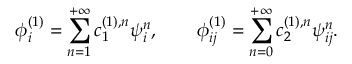
\phi _ { i } ^ { ( 1 ) } = \sum _ { n = 1 } ^ { + \infty } c _ { 1 } ^ { ( 1 ) , n } \psi _ { i } ^ { n } , \qquad \phi _ { i j } ^ { ( 1 ) } = \sum _ { n = 0 } ^ { + \infty } c _ { 2 } ^ { ( 1 ) , n } \psi _ { i j } ^ { n } .